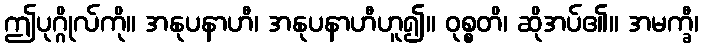
ဤပုဂ္ဂိုလ်ကို။ အနုပနာဟီ၊ အနုပနာဟီဟူ၍။ ဝုစ္စတိ၊ ဆိုအပ်၏။ အမက္ခီ၊